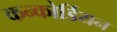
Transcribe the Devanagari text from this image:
कन्कोर्डियन